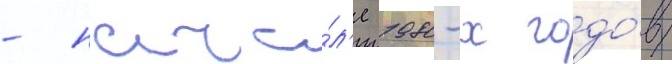
- нача́л'е 1980-х годо́в